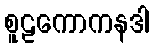
စူဠကောကနဒါ